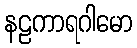
နဠကာရဂါမော